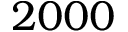
2 0 0 0